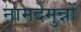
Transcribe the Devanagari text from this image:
नामदेमुन्नों